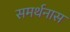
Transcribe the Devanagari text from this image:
समर्थनास